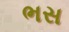
ભસ